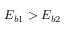
E _ { b 1 } > E _ { b 2 }